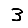
Digit: 3